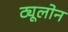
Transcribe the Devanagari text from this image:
ट्यूलोन